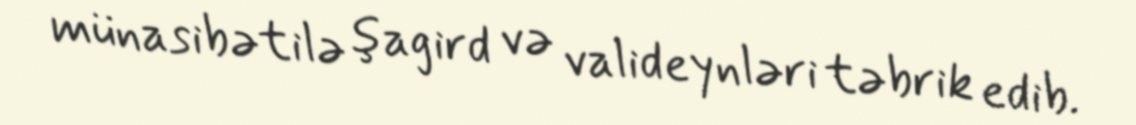
münasibətilə şagird və valideynləri təbrik edib.